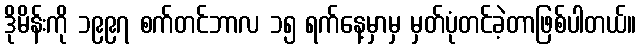
ဒိုမိန်းကို ၁၉၉၇ စက်တင်ဘာလ ၁၅ ရက်နေ့မှာမှ မှတ်ပုံတင်ခဲ့တာဖြစ်ပါတယ်။